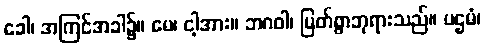
ခေါ၊ အကြင်အခါ၌။ မေ၊ ငါ့အား။ ဘဂဝါ၊ မြတ်စွာဘုရားသည်။ ပဌမံ၊